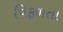
વિફળતા